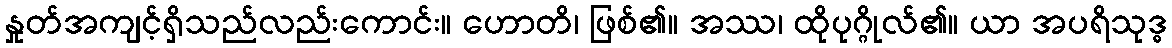
နှုတ်အကျင့်ရှိသည်လည်းကောင်း။ ဟောတိ၊ ဖြစ်၏။ အဿ၊ ထိုပုဂ္ဂိုလ်၏။ ယာ အပရိသုဒ္ဓ